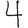
Digit: 4